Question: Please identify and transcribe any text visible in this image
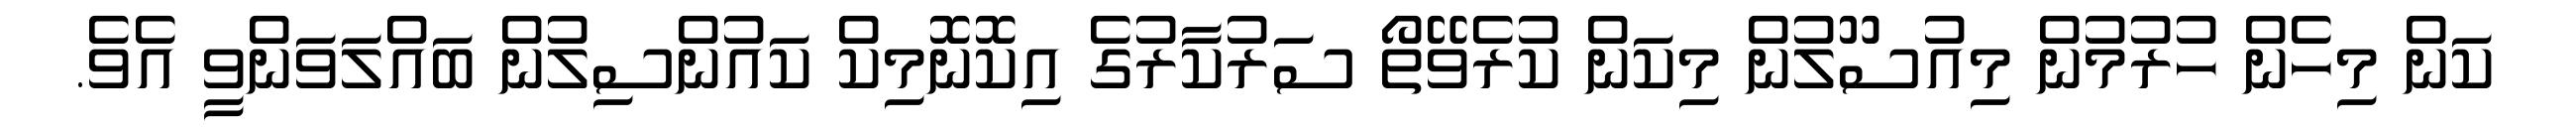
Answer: ކަން މިހެން ހުރުމުން މިއުސޫލުން މިކަން ކުރެވޭތޯ ސަރުކާރުގެ އިކޮނޮމިކް ކައުންސިލުން ބައްލަވަންވީ އެވެ.